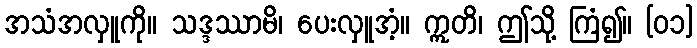
အသံအလှူကို။ သဒ္ဒဿာမိ၊ ပေးလှူအံ့။ ဣတိ၊ ဤသို့ ကြံ၍။ [၀၁]